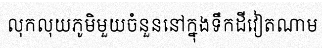
លុកលុយភូមិមួយចំនួននៅក្នុងទឹកដីវៀតណាម